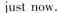
just now.